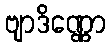
ဗျာဒိဏ္ဏော